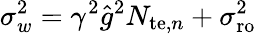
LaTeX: \sigma_{w}^{2}=\gamma^{2}\hat{g}^{2}N_{\mathrm{te},n}+\sigma_{\mathrm{ro}}^{2}